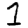
Digit: 1